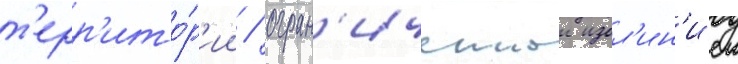
т'ерр'ито́р'ии / огран'иченнои изол'ин'иеи